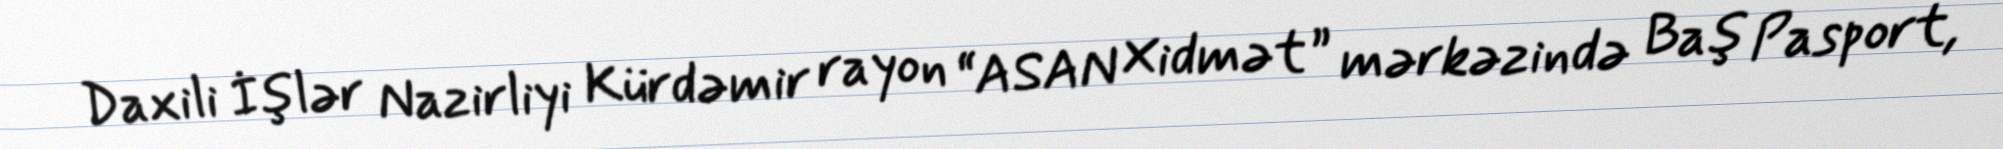
Daxili İşlər Nazirliyi Kürdəmir rayon “ASAN Xidmət” mərkəzində Baş Pasport,